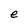
Character: e